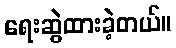
ရေးဆွဲထားခဲ့တယ်။